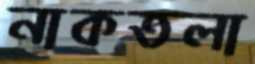
নাকতলা